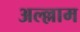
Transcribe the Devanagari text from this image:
अल्ल्लाम